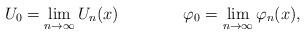
LaTeX: \begin{align*}U_0=\lim_{n\to\infty}U_n(x)\qquad\qquad\varphi_0=\lim_{n\to\infty}\varphi_n(x),\end{align*}